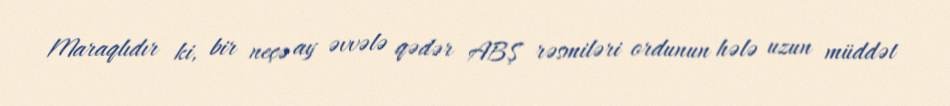
Maraqlıdır ki, bir neçə ay əvvələ qədər ABŞ rəsmiləri ordunun hələ uzun müddət